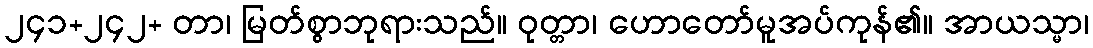
၂၄၁+၂၄၂+ တာ၊ မြတ်စွာဘုရားသည်။ ဝုတ္တာ၊ ဟောတော်မူအပ်ကုန်၏။ အာယသ္မာ၊